Riigikantselei, lk 102
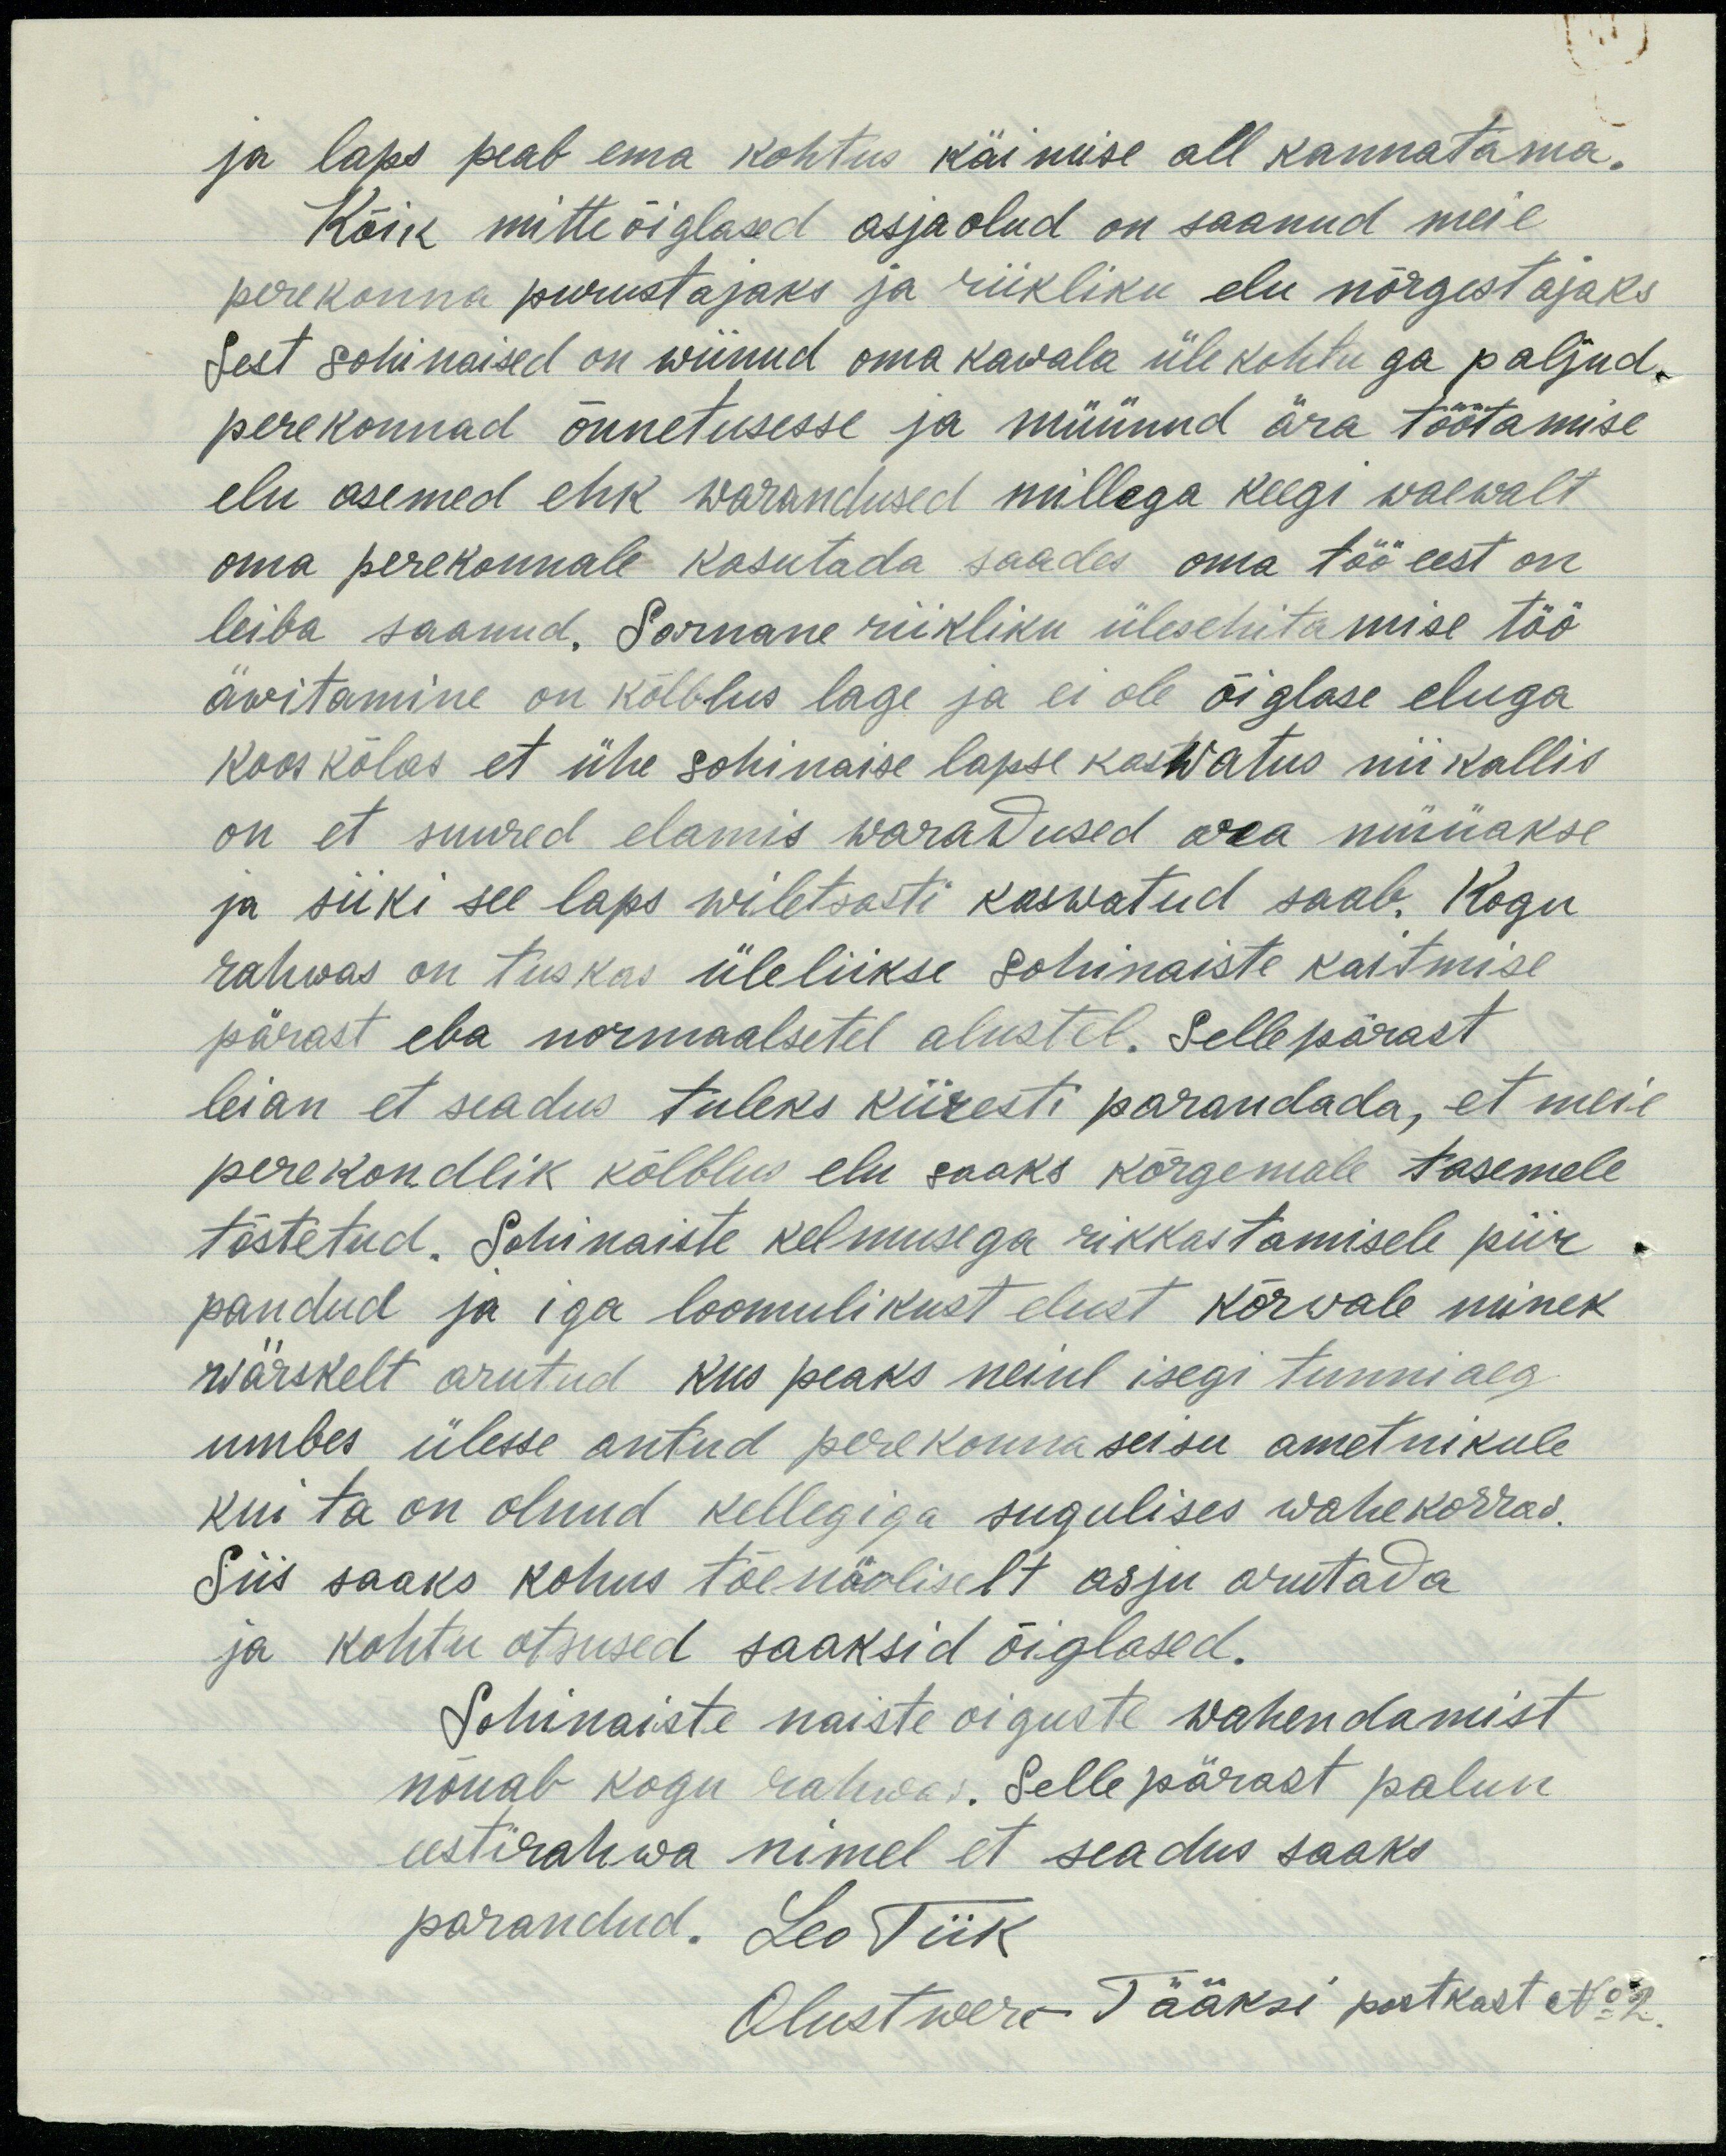
ja laps peab ema kohtus käimise all kannatama,
Kõik mitteõiglased asjaolud on saanud meie
perekonna purustajaks ja riikliku elu nõrgestajaks
Sest sohinaised on wiinud oma kawala üle kohtuga paljud
perekonnad õnnetusesse ja müünud ära töötamise
elu asemed ehk warandused millega keegi waewalt
oma perekonnale kasutada saades oma töö eest on
leiba saanud. Sarnane riikliku ülesehitamise töö-
äwitamine on kõlblus lage ja ei ole õiglase eluga
koos kõlas et ühe sohinaise lapse kaswatus nii kallis
on et suured elamis waradused ara müüakse.
ja siiki see laps wiletsasti kaswatud saab. Kogu
rahwas on tuskas üleliikse sohinaiste kaitmise
pärast eba normaalsetel alustel. Sellepärast
leian et seadus tuleks kiiresti parandada, et meie
perekondlik kõlblus elu saaks kõrgemale tasemele.
tõstetud. Sohinaiste kelmusega rikkastamisele piir.
pandud ja iga loomulikust elust kõrwale minek
wärskelt arutud kus peaks neiul isegi tunniaeg
umbes ülesse antud perekonnaseisu ametnikule.
kui ta on olnud kellegiga sugulises wahekorras.
Siis saaks kohus tõenäoliselt asju arutada
ja kohtu otsused saaksid õiglased.
Sohinaiste naiste õiguste wahendamist
nõuab kogu rahwas. Selle pärast palun
eestirahwa nimel et seadus saaks
parandud. Leo Tiik
Olustwere-Tääksi postkast No 2